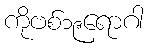
ကိုဗစ်၁၉ရောဂါ